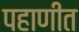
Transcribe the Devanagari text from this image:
पहाणीत